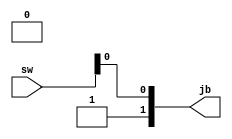
`timescale 1ns / 1ps
//////////////////////////////////////////////////////////////////////////////////
// Company: 
// Engineer: 
// 
// Design Name: 
// Module Name: motorSwitch
// Project Name: 
// Target Devices: 
// Tool Versions: 
// Description: 
// 
// Dependencies: 
// 
// Revision:
// Revision 0.01 - File Created
// Additional Comments:
// 
//////////////////////////////////////////////////////////////////////////////////

// SW[0] turns on the motors and drives the bot forward at full speed
module motorSwitch (jb, sw);
   output [7:0] jb;
   input  [3:0] sw;

   assign jb[1] = 1'b1; // DIR1
   assign jb[5] = 1'b0; // DIR2
   assign jb[0] = sw[0]; // EN1
   assign jb[4] = sw[0]; // EN2
endmodule